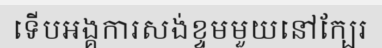
ទើបអង្គការសង់ខ្ទមមួយនៅក្បែរ